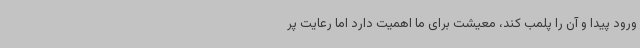
ورود پیدا و آن را پلمب کند، معیشت برای ما اهمیت دارد اما رعایت پر